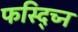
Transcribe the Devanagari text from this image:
फस्द्च्नि